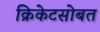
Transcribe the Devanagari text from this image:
क्रिकेटसोबत